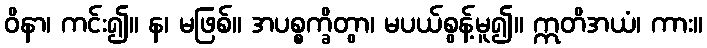
ဝိနာ၊ ကင်း၍။ န၊ မဖြစ်။ အပစ္စက္ခိတွာ၊ မပယ်စွန့်မူ၍။ ဣတိအယံ၊ ကား။